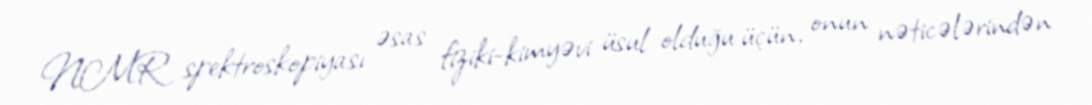
NMR spektroskopiyası əsas fiziki-kimyəvi üsul olduğu üçün, onun nəticələrindən